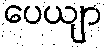
ပေယျာ